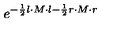
e ^ { - \frac { 1 } { 2 } l \cdot M \cdot l - \frac { 1 } { 2 } r \cdot M \cdot r }